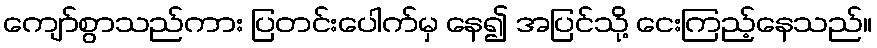
ကျော်စွာသည်ကား ပြတင်းပေါက်မှ နေ၍ အပြင်သို့ ငေးကြည့်နေသည်။